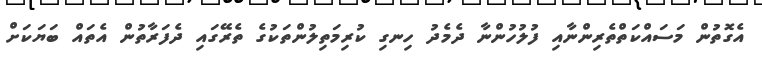
އެގޮތުން މަސައްކަތްތެރިންނާއި ފުލުހުންނާ ދެމެދު ހިނގި ކުރިމަތިލުންތަކުގެ ތެރޭގައި ދެފަރާތުން އެތައް ބަޔަކަށް